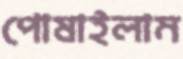
পোষাইলাম